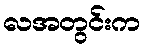
လအတွင်းက